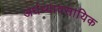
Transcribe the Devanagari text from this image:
अर्धव्यावसायिक